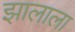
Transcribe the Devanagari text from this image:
झालाला